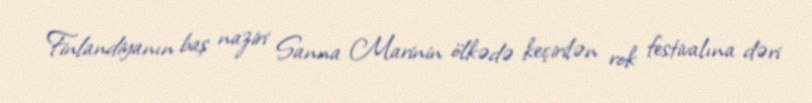
Finlandiyanın baş naziri Sanna Marinin ölkədə keçirilən rok festivalına dəri